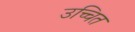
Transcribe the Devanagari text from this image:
उच्चित